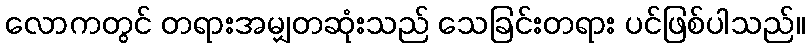
လောကတွင် တရားအမျှတဆုံးသည် သေခြင်းတရား ပင်ဖြစ်ပါသည်။